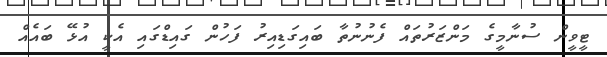
ޓީވީން ސުނާމީގެ މަންޒަރުތައް ފެނުނުތާ ބައިގަޑިއިރު ފަހުން ގައިޑްގައި އެކީ އުޅޭ ބައެއް